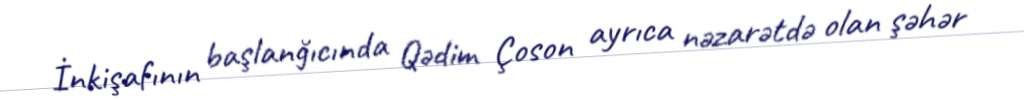
İnkişafının başlanğıcında Qədim Çoson ayrıca nəzarətdə olan şəhər